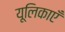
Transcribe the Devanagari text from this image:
यूलिकाएँ